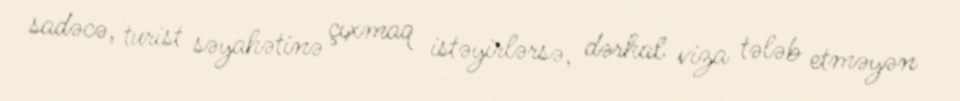
sadəcə, turist səyahətinə çıxmaq istəyirlərsə, dərhal viza tələb etməyən